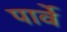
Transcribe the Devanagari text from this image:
पार्वे